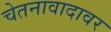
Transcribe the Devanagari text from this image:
चेतनावादावर